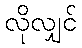
လိုလျှင်